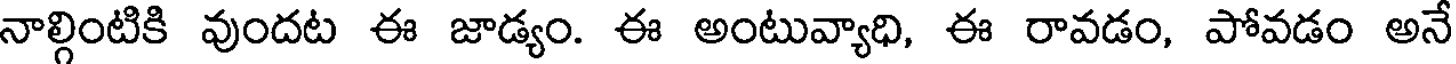
నాల్గింటికి వుందట ఈ జాడ్యం. ఈ అంటువ్యాధి, ఈ రావడం, పోవడం అనే